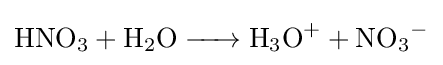
{\textstyle {\ce {HNO3 + H2O -> H3O+ + NO3-}}}